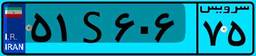
۵۱S۶۰۶۷۵